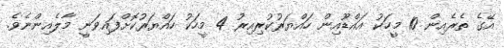
އޭގެ ތެރެއިން 10 މީހަކު އައްޑޫއިން ހައްޔަރުކުރިއިރު 4 މީހަކު ހައްޔަރުކޮށްފައިވަނީ މާލެއިންނެވެ.